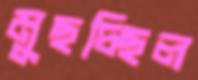
মুছচ্ছিল